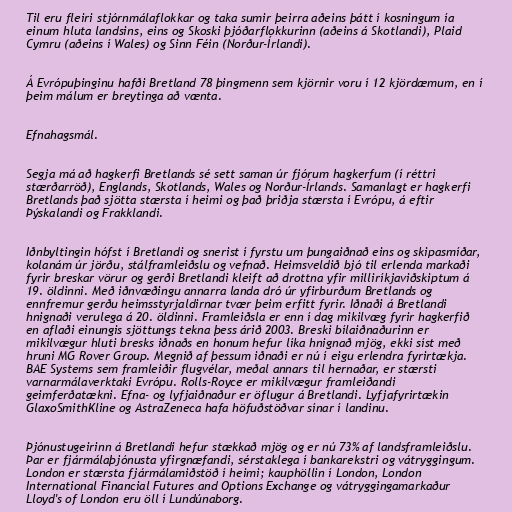
Til eru fleiri stjórnmálaflokkar og taka sumir þeirra aðeins þátt í kosningum ía
einum hluta landsins, eins og Skoski þjóðarflokkurinn (aðeins á Skotlandi), Plaid
Cymru (aðeins í Wales) og Sinn Féin (Norður-Írlandi).

Á Evrópuþinginu hafði Bretland 78 þingmenn sem kjörnir voru í 12 kjördæmum, en í
þeim málum er breytinga að vænta.

Efnahagsmál.

Segja má að hagkerfi Bretlands sé sett saman úr fjórum hagkerfum (í réttri
stærðarröð), Englands, Skotlands, Wales og Norður-Írlands. Samanlagt er hagkerfi
Bretlands það sjötta stærsta í heimi og það þriðja stærsta í Evrópu, á eftir
Þýskalandi og Frakklandi.

Iðnbyltingin hófst í Bretlandi og snerist í fyrstu um þungaiðnað eins og skipasmíðar,
kolanám úr jörðu, stálframleiðslu og vefnað. Heimsveldið bjó til erlenda markaði
fyrir breskar vörur og gerði Bretlandi kleift að drottna yfir milliríkjaviðskiptum á
19. öldinni. Með iðnvæðingu annarra landa dró úr yfirburðum Bretlands og
ennfremur gerðu heimsstyrjaldirnar tvær þeim erfitt fyrir. Iðnaði á Bretlandi
hnignaði verulega á 20. öldinni. Framleiðsla er enn í dag mikilvæg fyrir hagkerfið
en aflaði einungis sjöttungs tekna þess árið 2003. Breski bílaiðnaðurinn er
mikilvægur hluti bresks iðnaðs en honum hefur líka hnignað mjög, ekki síst með
hruni MG Rover Group. Megnið af þessum iðnaði er nú í eigu erlendra fyrirtækja.
BAE Systems sem framleiðir flugvélar, meðal annars til hernaðar, er stærsti
varnarmálaverktaki Evrópu. Rolls-Royce er mikilvægur framleiðandi
geimferðatækni. Efna- og lyfjaiðnaður er öflugur á Bretlandi. Lyfjafyrirtækin
GlaxoSmithKline og AstraZeneca hafa höfuðstöðvar sínar í landinu.

Þjónustugeirinn á Bretlandi hefur stækkað mjög og er nú 73% af landsframleiðslu.
Þar er fjármálaþjónusta yfirgnæfandi, sérstaklega í bankarekstri og vátryggingum.
London er stærsta fjármálamiðstöð í heimi; kauphöllin í London, London
International Financial Futures and Options Exchange og vátryggingamarkaður
Lloyd's of London eru öll í Lundúnaborg.